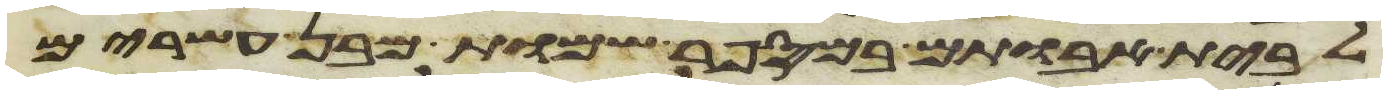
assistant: לבית אבותם במספר שמות מבן עשרים